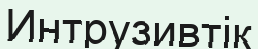
Интрузивтік